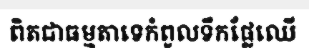
ពិតជាធម្មតាទេកំពូលទឹកផ្លែឈើ